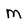
Character: m